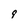
Character: q